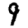
Digit: 9